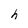
Character: h